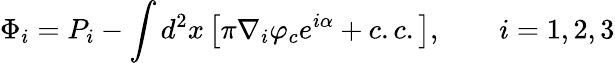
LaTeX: \Phi_{i}=P_{i}-\int d^{2}x\left[\pi\nabla_{i}\varphi_{c}e^{i\alpha}+c.c.\right],\qquad i=1,2,3